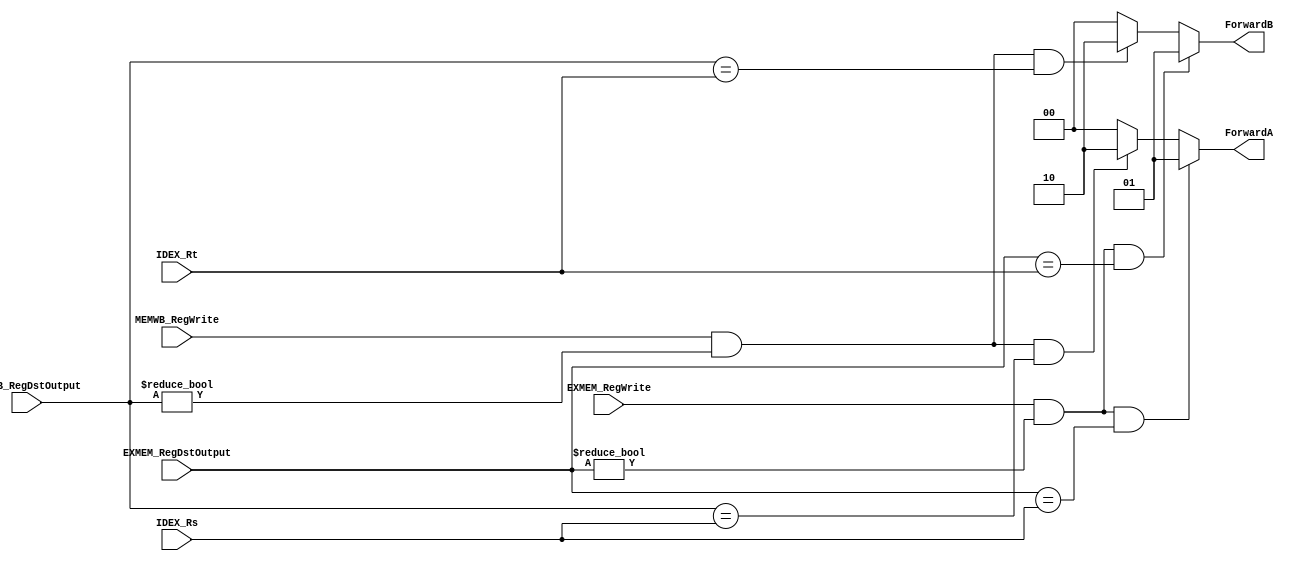
`timescale 1ns / 1ps
//////////////////////////////////////////////////////////////////////////////////
// Company: 
// Engineer: 
// 
// Design Name: 
// Module Name: ForwardingUnit
// Project Name: 
// Target Devices: 
// Tool Versions: 
// Description: 
// 
// Dependencies: 
// 
// Revision:
// Revision 0.01 - File Created
// Additional Comments:
// 
//////////////////////////////////////////////////////////////////////////////////

module ForwardingUnit(IDEX_Rs, IDEX_Rt, EXMEM_RegWrite, EXMEM_RegDstOutput, 
MEMWB_RegWrite, MEMWB_RegDstOutput, ForwardA, ForwardB);
    input EXMEM_RegWrite, MEMWB_RegWrite;
    input [4:0] IDEX_Rs, IDEX_Rt, EXMEM_RegDstOutput, MEMWB_RegDstOutput;
    output reg [1:0] ForwardA, ForwardB; // Mux controls for forwarded inputs
    
    initial begin
        ForwardA = 2'b00;
        ForwardB = 2'b00;
    end
    
    always @(*) begin
        if ((EXMEM_RegWrite == 1'b1) && (EXMEM_RegDstOutput != 0) 
        && (EXMEM_RegDstOutput == IDEX_Rs)) begin
            ForwardA = 2'b01;
        end
        else if ((MEMWB_RegWrite == 1'b1) && (MEMWB_RegDstOutput != 0) 
        //&& !((EXMEM_RegWrite == 1) && (EXMEM_RegDstOutput != 0) && (EXMEM_RegDstOutput != IDEX_Rs))
        && (MEMWB_RegDstOutput == IDEX_Rs)) begin
            ForwardA = 2'b10;
        end
        else begin
            ForwardA = 2'b00;
        end
    end
    
    always@(*) begin
        if ((EXMEM_RegWrite == 1'b1) && (EXMEM_RegDstOutput != 0) 
        && (EXMEM_RegDstOutput == IDEX_Rt)) begin
            ForwardB = 2'b01;
        end
        else if ((MEMWB_RegWrite == 1'b1) && (MEMWB_RegDstOutput != 0) 
        //&& !((EXMEM_RegWrite == 1) && (EXMEM_RegDstOutput != 0) && (EXMEM_RegDstOutput != IDEX_Rs)) 
        && (MEMWB_RegDstOutput == IDEX_Rt)) begin
            ForwardB = 2'b10;
        end
        else begin
            ForwardB = 2'b00;
        end
    end
    
    

endmodule